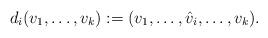
LaTeX: \begin{align*}d_{i}(v_{1},\dots, v_{k} ) := (v_{1}, \dots , \hat{v}_{i}, \dots, v_{k}).\end{align*}